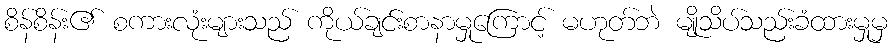
စိန်စိန်း၏ စကားလုံးများသည် ကိုယ်ချင်းစာနာမှုကြောင့် မဟုတ်ဘဲ မျိုသိပ်သည်းခံထားမှုမှ